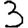
Digit: 3